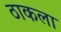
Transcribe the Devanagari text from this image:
ठाकला